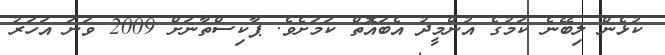
ކުޅެން ލިބޭނެ ކަމުގެ އުންމީދު އެބައޮތް ކަމަށެވެ. ޕާކިސްތާނަށް 2009 ވަނަ އަހަރު